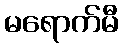
မရောက်မီ